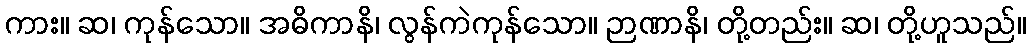
ကား။ ဆ၊ ကုန်သော။ အဓိကာနိ၊ လွန်ကဲကုန်သော။ ဉာဏာနိ၊ တို့တည်း။ ဆ၊ တို့ဟူသည်။